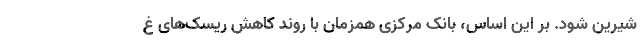
شیرین شود. بر این اساس، بانک مرکزی همزمان با روند کاهش ریسک‌های غ